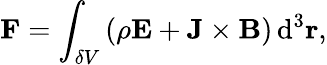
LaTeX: \mathbf F=\int_{\delta V}\left(\rho\mathbf E+\mathbf J\times\mathbf B\right)\, \mathrm{d}^{3}\mathbf r,